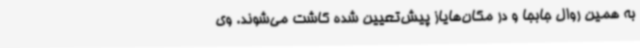
به همین روال جابجا و در مکان‌هایاز پیش‌تعیین شده کاشت می‌شوند. وی